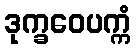
ဒုက္ခဝေပက္ကံ